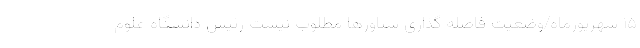
۱۵ شهریورماه/وضعیت فاصله گذاری شناورها مطلوب نیست رئیس دانشگاه علوم